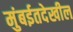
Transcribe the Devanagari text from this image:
मुंबईतदेखील